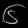
Digit: ၆